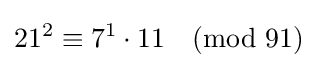
{21^{2}\equiv 7^{1}\cdot 11{\pmod {91}}}